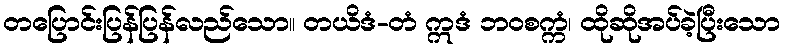
တပြောင်းပြန်ပြန်လည်သော။ တယိဒံ-တံ ဣဒံ ဘဝစက္ကံ၊ ထိုဆိုအပ်ခဲ့ပြီးသော